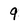
Character: 9